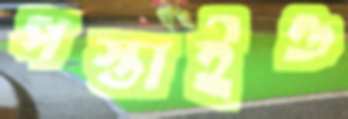
পস্তাইও